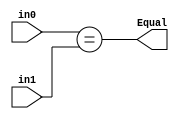
module ConditionCheck (
    input[31:0] in0,
    input[31:0] in1,

    output reg  Equal
);

initial begin
    Equal <= 0;
end

always @(*) begin
    Equal <= (in0 == in1);
end

endmodule